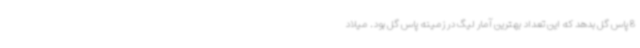
8 پاس گل بدهد که این تعداد بهترین آمار لیگ در زمینه پاس گل بود. میلاد